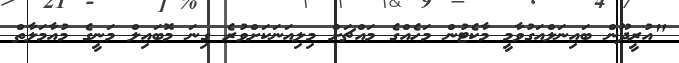
"އުރީދޫން ބައިނަލްއަގުވާމީ މާކެޓުން މަހެއްގެ މައްޗަށް މިލިއަނަކަށްވުރެ ގިނަ މޮބައިލް މަނީގެ މުއާމަލާތް